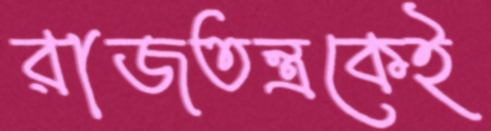
রাজতন্ত্রকেই